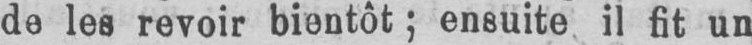
de les revoir bientôt; ensuite il fit un